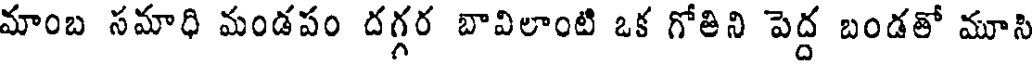
మాంబ సమాధి మండపం దగ్గర బావిలాంటి ఒక గోతిని పెద్ద బండతో మూసి